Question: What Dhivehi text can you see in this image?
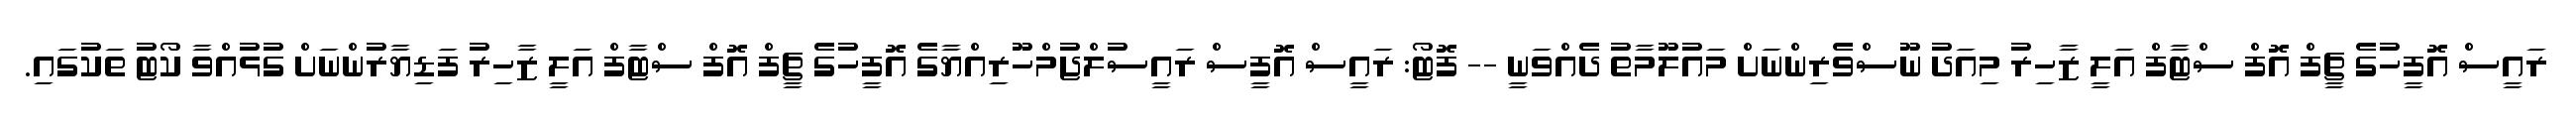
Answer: ރައީސް އޮފީހުގެ ޗީފް އޮފް ސްޓާފް އަލީ ޒާހިރު މިއަދު ނޫސްވެރިންނަށް މައުލޫމާތު ދެއްވަނީ -- ފޮޓޯ: ރައީސް އޮފީސް ރައީސުލްޖުމްހޫރިއްޔާގެ އޮފީހުގެ ޗީފް އޮފް ސްޓާފް އަލީ ޒާހިރު ފަޑިޔާރުންނަށް ގުޅުއްވާ ކޯޓު ތަކުގައި.